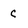
Character: C